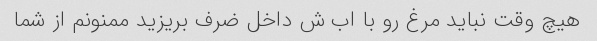
هیچ وقت نباید مرغ رو با اب ش داخل ضرف بریزید ممنونم از شما